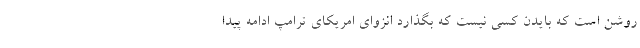
روشن است که بایدن کسی نیست که بگذارد انزوای امریکای ترامپ ادامه پیدا